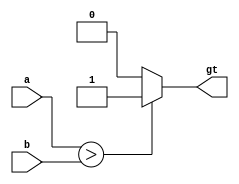
module CMP(
    input wire [DATA_WIDTH-1:0] a,
    input wire [DATA_WIDTH-1:0] b,
    output wire gt);
    
	parameter DATA_WIDTH = 32;

	assign gt = (a > b) ? 1 : 0;

endmodule